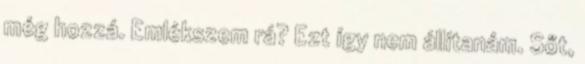
még hozzá. Emlékszem rá? Ezt így nem állítanám. Sőt,